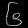
Digit: ၆